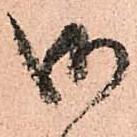
御